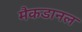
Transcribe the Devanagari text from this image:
मैकडानल